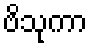
ဗိသုကာ